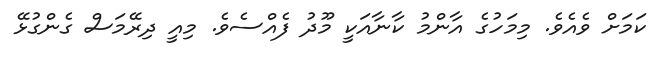
ކަމަށް ވެއެވެ. މިމަހުގެ އާންމު ކާނާއަކީ މޫދު ފެއްސެވެ. މިއީ ދިރޭމަސް ގެންގުޅޭ